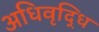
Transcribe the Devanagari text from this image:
अधिवृद्धि